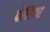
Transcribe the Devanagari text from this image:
पौलिमर